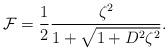
LaTeX: \begin{align*}{\cal F}={1\over 2} {\zeta^2\over{1+\sqrt{1+D^2\zeta^2}}}.\end{align*}